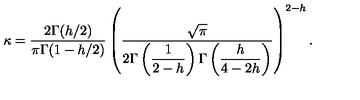
\kappa = \displaystyle \frac { 2 \Gamma ( h / 2 ) } { \pi \Gamma ( 1 - h / 2 ) } \left( \displaystyle \frac { \sqrt { \pi } } { 2 \Gamma \left( \displaystyle \frac { 1 } { 2 - h } \right) \Gamma \left( \displaystyle \frac { h } { 4 - 2 h } \right) } \right) ^ { 2 - h } .